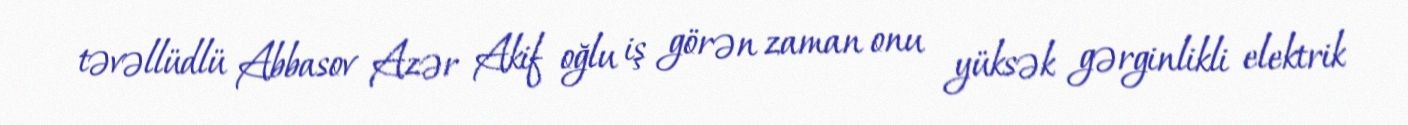
təvəllüdlü Abbasov Azər Akif oğlu iş görən zaman onu yüksək gərginlikli elektrik